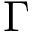
\Gamma